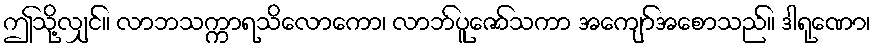
ဤသို့လျှင်။ လာဘသက္ကာရသိလောကော၊ လာဘ်ပူဇော်သကာ အကျော်အစောသည်။ ဒါရုဏော၊